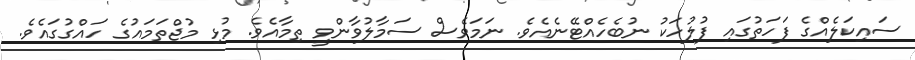
ސައިކަލެއްގެ ފަހަތުގައި ފުލުހަކު ނުބެހެއްޓޭނެއެވެ. ނަމަވެސް ސަމާލުވާންވީ ތިމާއެވެ. މުޅި މުޖްތަމައުގެ ހައްގުގައެވެ.